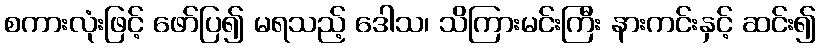
စကားလုံးဖြင့် ဖော်ပြ၍ မရသည့် ဒေါသ၊ သိကြားမင်းကြီး နားကင်းနှင့် ဆင်း၍